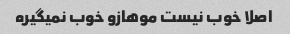
اصلا خوب نیست موهازو خوب نمیگیره